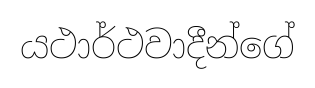
යථාර්ථවාදීන්ගේ